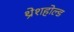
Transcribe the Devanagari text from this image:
थ्रेशहोल्ड